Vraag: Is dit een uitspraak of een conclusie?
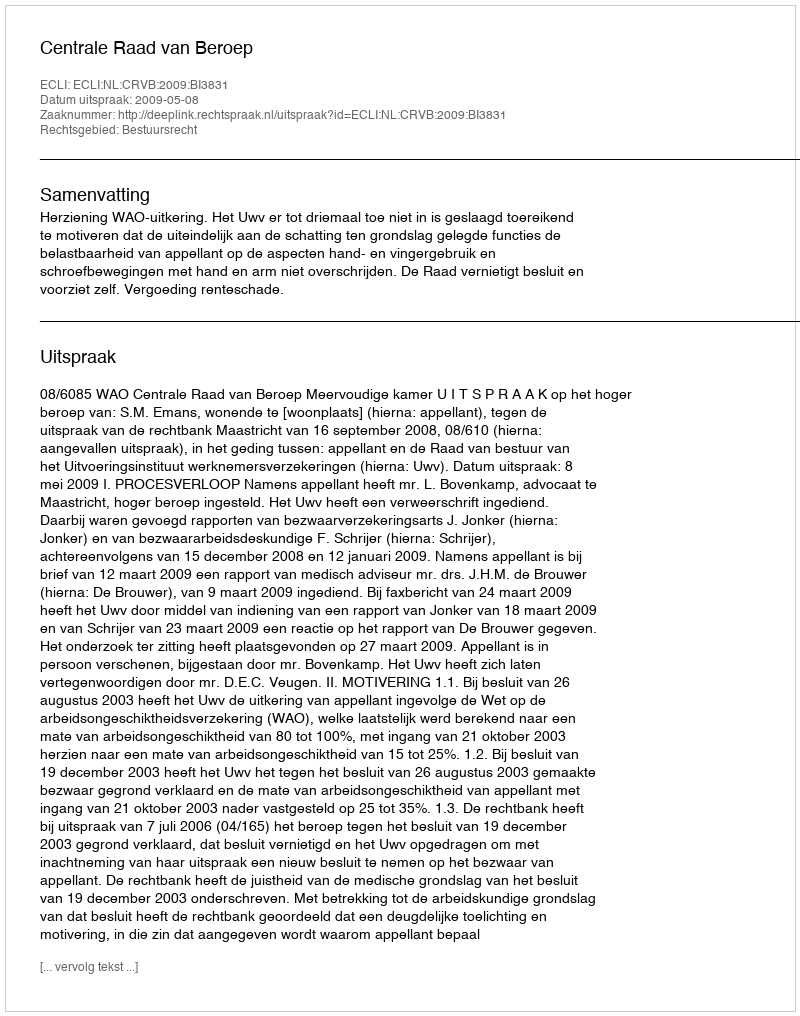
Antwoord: Uitspraak